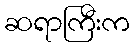
ဆရာကြီးက